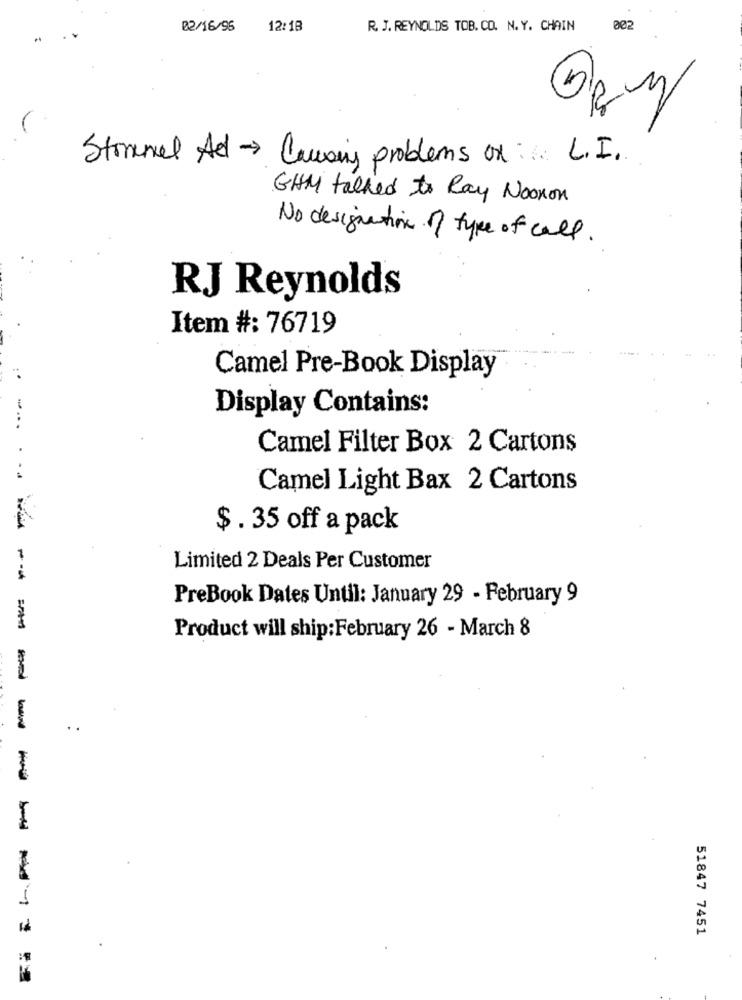
02/16/95
12:18
R. J. REYNOLDS TOB. CO. N. Y. CHAIN
002
Stranel Ad - Causing problems on L.I.
GHM talked to Ray Noonon
No designation of type of call.
RJ Reynolds
Item #: 76719
Camel Pre-Book Display
Display Contains:
-...
Camel Filter Box 2 Cartons
Camel Light Bax 2 Cartons
$ . 35 off a pack
Limited 2 Deals Per Customer
PreBook Dates Until: January 29 - February 9
Product will ship:February 26 - March 8
..
------
1
51847 7451